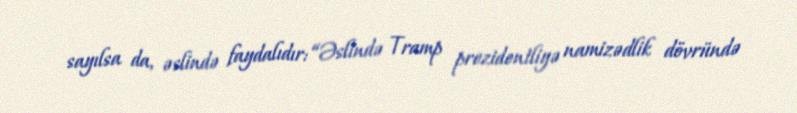
sayılsa da, əslində faydalıdır: “Əslində Tramp prezidentliyə namizədlik dövründə